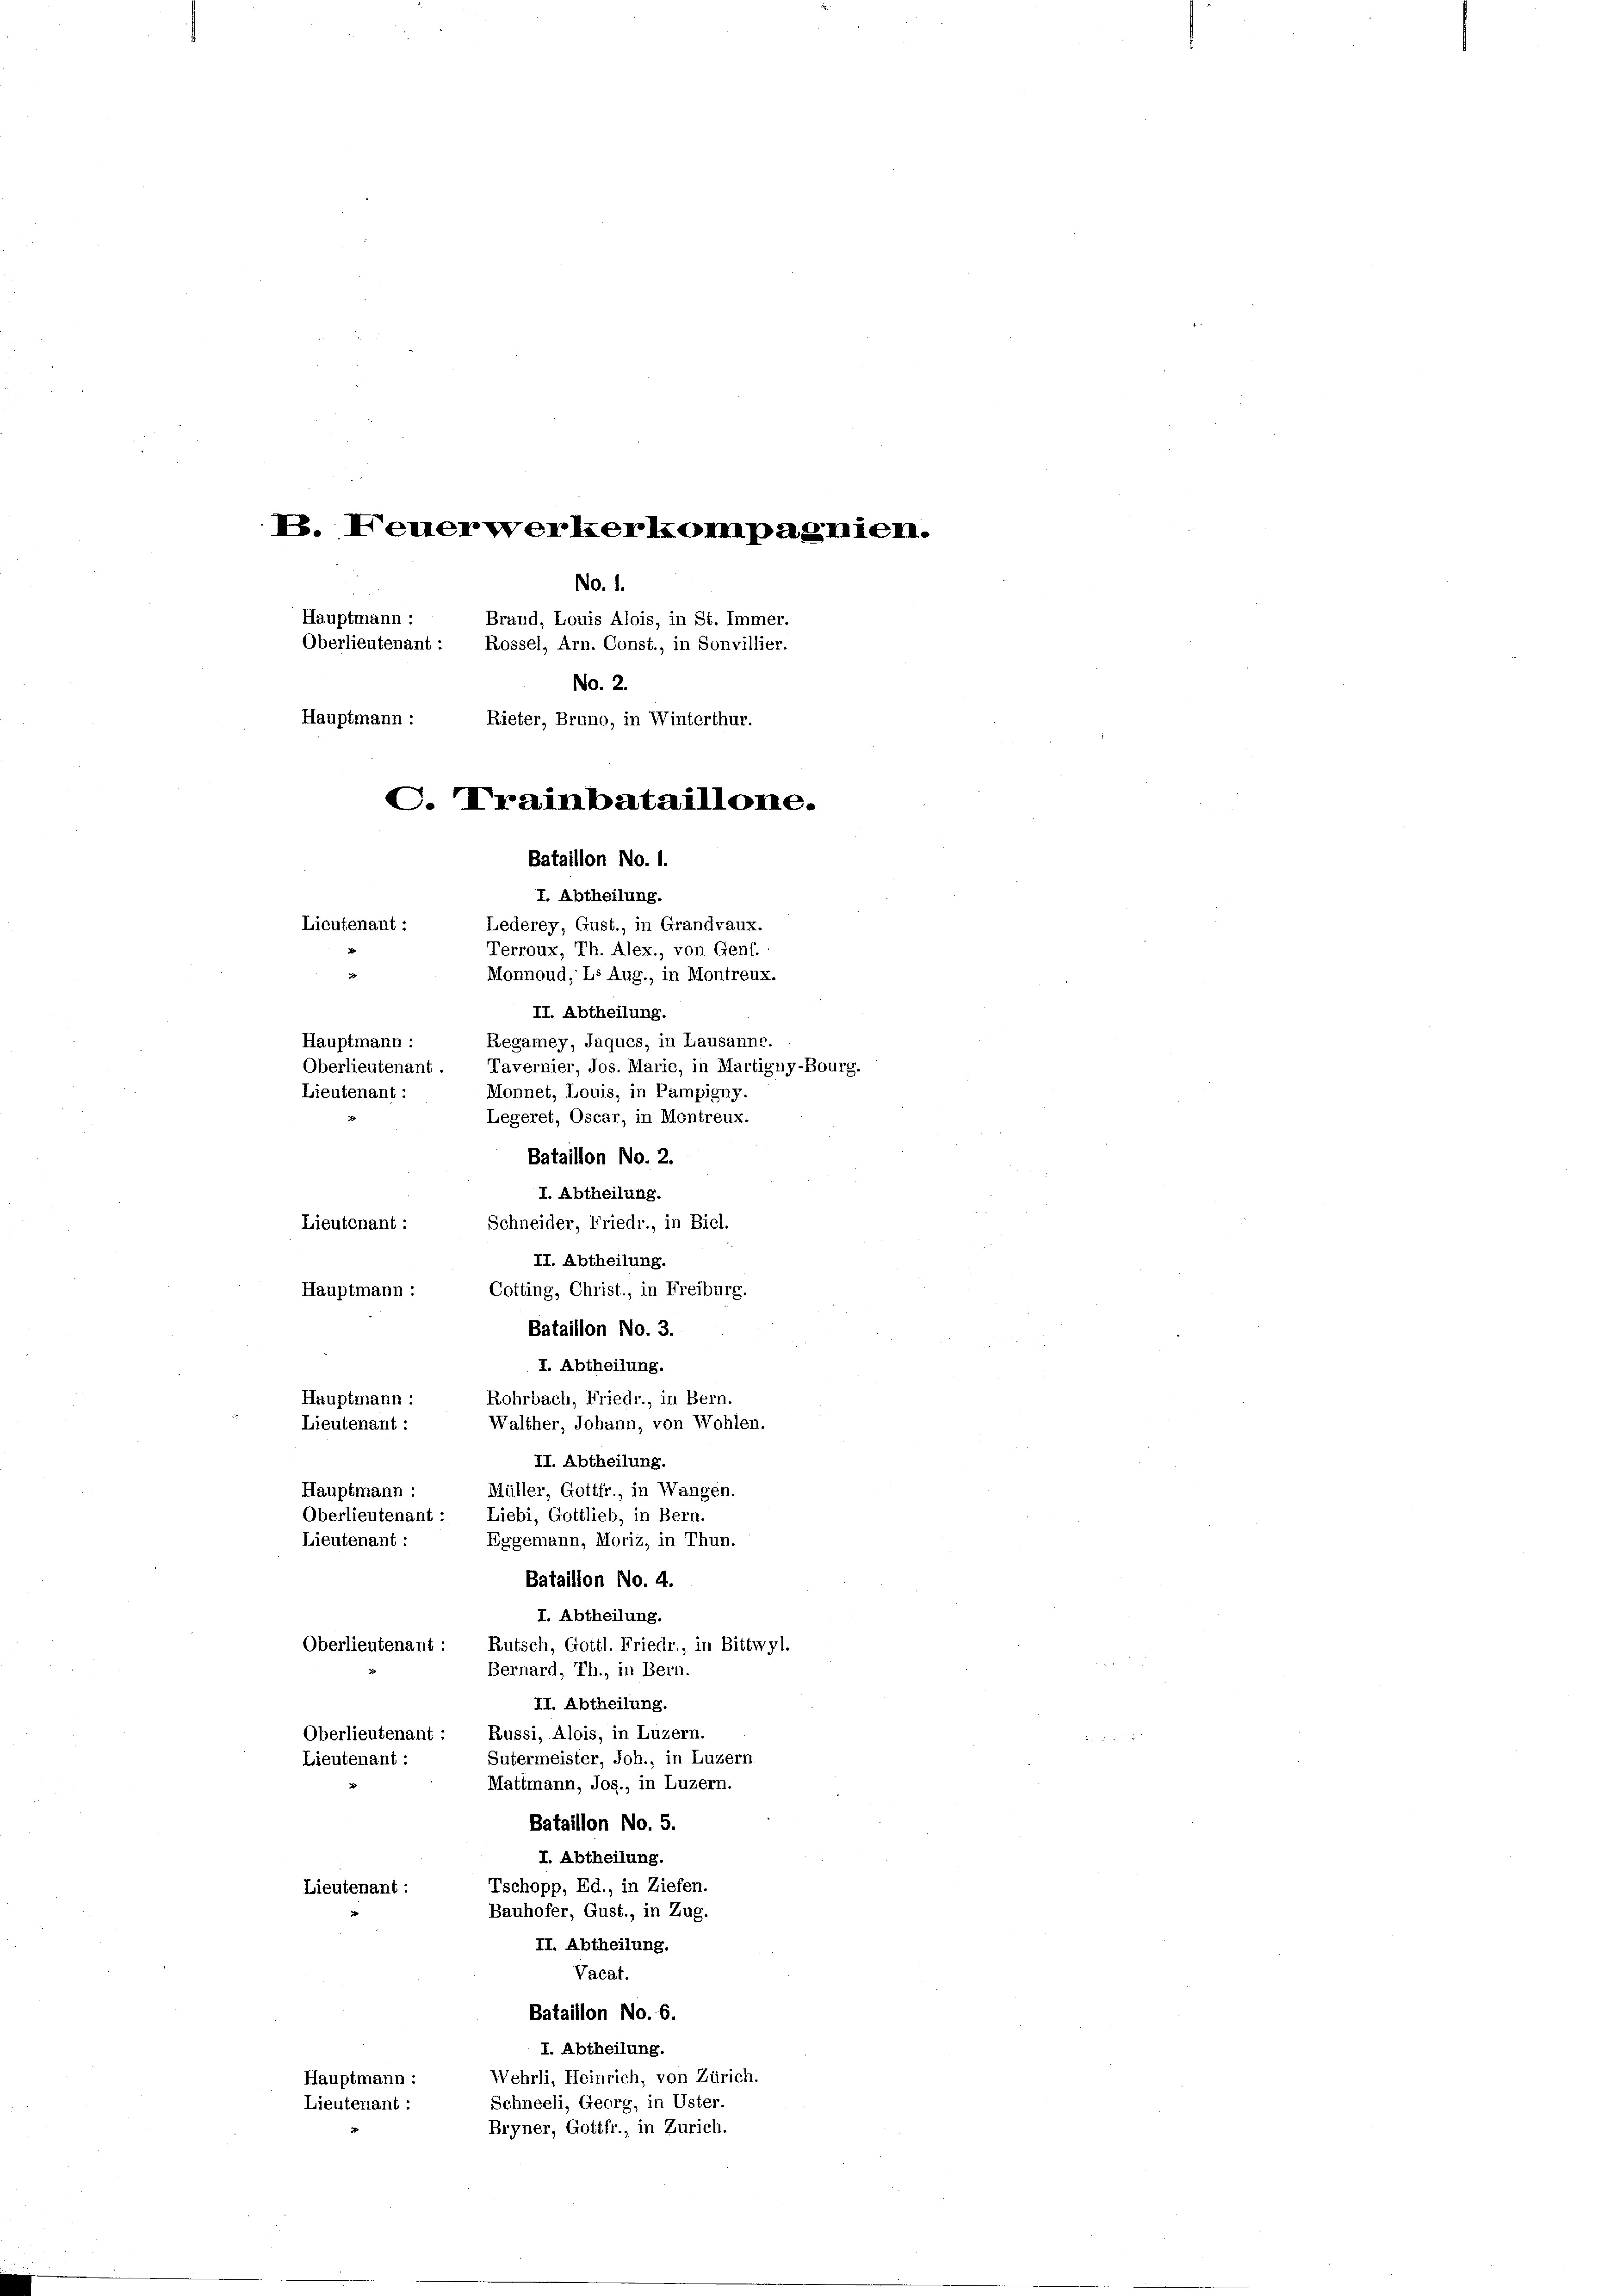
V. Neuerwerkerkompagnien.

No. 1.
Hauptmann :
Brand, Louis Alois, in St. Immer.
Oberlieutenant : Rossel, Arn. Const., in Sonvillier.
No. 2.
I. Abtheilung.
Lieutenant :
Lederey, Gust., in Grandvaux.
Terroux, Th. Alex., von Genf.
Monnoud, Ls Aug., in Montreux.
II. Abtheilung.
Regamey, Jaques, in Lausanne.
Hauptmann :
Oberlieutenant. Tavernier, Jos. Marie, in Martigny-Bourg.
Lieutenant :
Monnet, Louis, in Pampigny.
Legeret, Oscar, in Montreux.
Bataillon No. 2.
I. Abtheilung.
Lieutenant :
Schneider, Friedr., in Biel.
II. Abtheilung.
Hauptmann :
Cotting, Christ., in Freiburg.
Bataillon No. 3.
I. Abtheilung.
Rohrbach, Friedr., in Bern.
Hauptmann :
Walther, Johann, von Wohlen.
Lieutenant :
II. Abtheilung.
Müller, Gottfr., in Wangen.
Hauptmann:
Liebi, Gottlieb, in Bern.
Oberlieutenant :
Eggemann, Moriz, in Thun.
Lieutenant :
Bataillon No. 4.
I. Abtheilung.
Oberlieutenant :
Rutsch, Gottl. Friedr., in Bittwyl.
Bernard, Th., in Bern.
II. Abtheilung.
Russi, Alois, in Luzern.
Oberlieutenant :
Sutermeister, Joh., in Luzern.
Lieutenant :
Mattmann, Jos., in Luzern.
Bataillon No. 5.
I. Abtheilung.
Tschopp, Ed., in Ziefen.
Lieutenant :
Bauhofer, Gust., in Zug.
II. Abtheilung.
Vacat.
Bataillon No. 6.
I. Abtheilung.
Wehrli, Heinrich, von Zürich.
Hauptmann :
Schneeli, Georg, in Uster.
Lieutenant :
Bryner, Gottfr., in Zürich.

Hauptmann: Rieter, Bruno, in Winterthur.
C. Trainbataillone.
Bataillon No. 1.